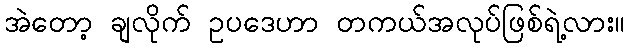
အဲတော့ ချလိုက် ဥပဒေဟာ တကယ်အလုပ်ဖြစ်ရဲ့လား။